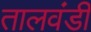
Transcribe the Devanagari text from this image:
तालवंडी